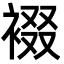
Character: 裰